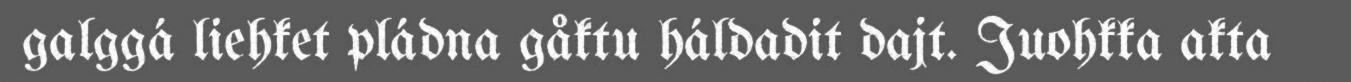
galggá liehket pládna gåktu háldadit dajt. Juohkka akta